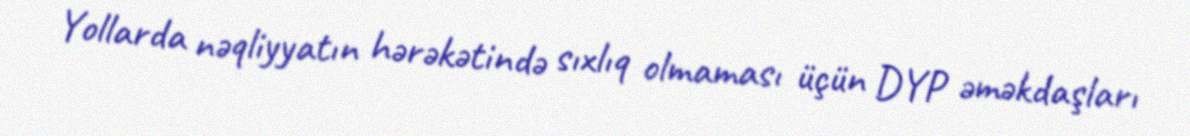
Yollarda nəqliyyatın hərəkətində sıxlıq olmaması üçün DYP əməkdaşları